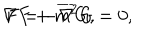
\nabla F + m ^ { 2 } G = 0 , \hspace { 0 . 3 i n } F = - \overline { { { \nabla } } } G ,